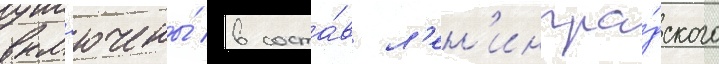
вкл'ючены́ в соста́в л'ен'ингра́дского